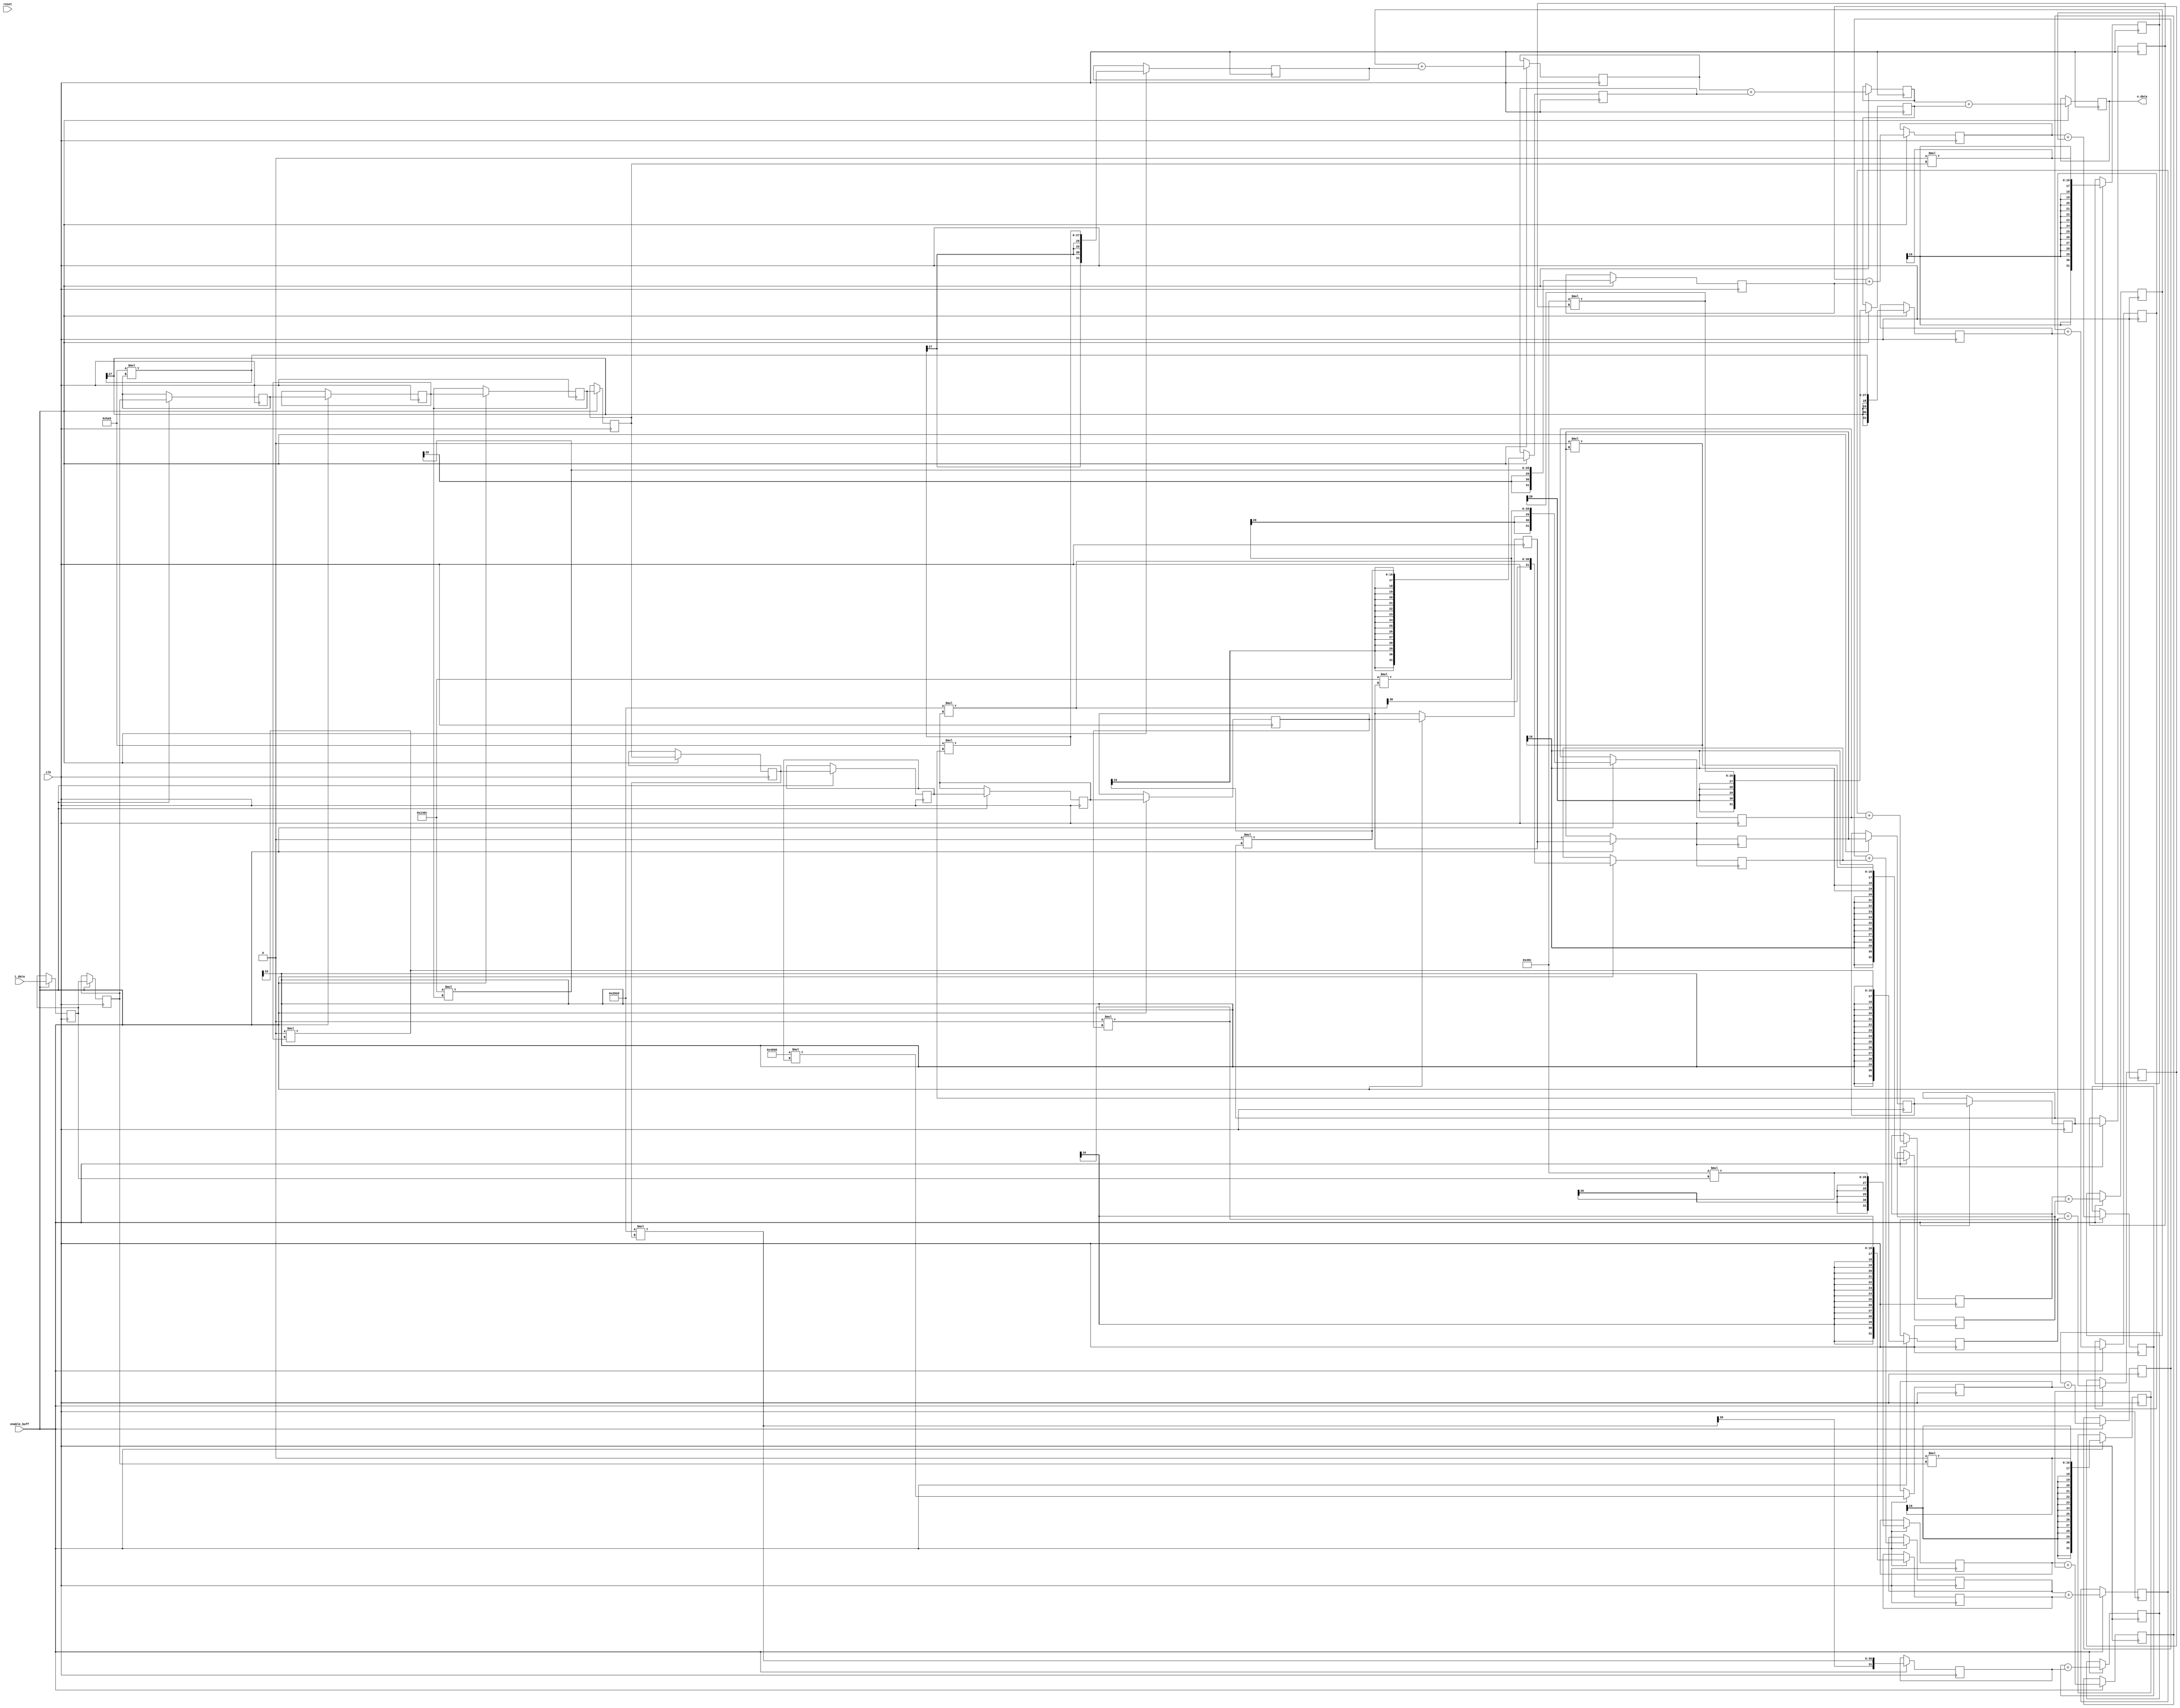
module fir(
    input clk,
    input reset,
    input enable_buff,
    input [15:0] i_data,
    output [31:0] o_data
    );
    
    wire signed [15:0] i_data;
    
    reg signed [31:0] o_data;
    
    reg enable_fir;
    
    reg [3:0] buff_count;
    
    wire signed [15:0]  tap0, tap1, tap2, tap3,tap4, tap5, tap6, tap7, tap8, tap9, tap10, tap11, tap12, tap13, tap14;
    
    reg  signed [15:0]  buff0, buff1, buff2, buff3, buff4, buff5, buff6, buff7, buff8, buff9, buff10, buff11, buff12, buff13, buff14;
    
    reg  signed [31:0]  acc0, acc1, acc2, acc3, acc4, acc5, acc6, acc7, acc8, acc9, acc10, acc11, acc12, acc13, acc14;
    
	reg signed [31:0] acc01, acc012, acc23, acc34, acc45, acc56, acc67, acc78, acc89, acc910, acc1011, acc1112, acc1213;
	
    //Cut-off frequency @ 400 kHZ and sampling frequency 1 MSPS
    
    assign tap0 = 16'h0xFC9C;
    assign tap1 = 16'h0x0000;
    assign tap2 = 16'h0x05A5;
    assign tap3 = 16'h0x0000;
    assign tap4 = 16'h0xF40C;
    assign tap5 = 16'h0x0000;
    assign tap6 = 16'h0x282D;
    assign tap7 = 16'h0x4000;
    assign tap8 = 16'h0x282D;
    assign tap9 = 16'h0x0000;
    assign tap10 = 16'h0xF40C;
    assign tap11 = 16'h0x0000;
    assign tap12 = 16'h0x05A5;
    assign tap13 = 16'h0x0000;
    assign tap14 = 16'h0xFC9C;
     
    
    always@(posedge clk or negedge reset)
    begin
        if(reset == 1'b0)
        begin
            buff_count <= 4'd0;
            enable_fir <= 1'b0;
        end
        else 
        begin
            if(enable_buff == 1'b1 && buff_count == 4'd15)
            begin
                buff_count <= 4'd0;
                enable_fir <= 1'b1;
            end
            else if(enable_buff == 1'b1)
            begin
                buff_count <= buff_count + 4'd1;
                enable_fir <= enable_fir;
            end
        end
    end
    
    always@(posedge clk) 
    begin
        if(enable_buff == 1'b1)
        begin
            buff0 <= i_data;
			acc0 <= tap0 * buff0;
			
			buff1 <= buff0; 
			acc1 <= tap1 * buff1;  
			acc01 <= acc0 + acc1;
				 
			buff2 <= buff1; 
			acc2 <= tap2 * buff2;
			acc012 <= acc01 + acc2;
					
			buff3 <= buff2; 
			acc3 <= tap3 * buff3;
			acc23 <= acc012 + acc3;
				 
			buff4 <= buff3; 
			acc4 <= tap4 * buff4;
			acc34 <= acc23 + acc4;
				 
			buff5 <= buff4;
			acc5 <= tap5 * buff5; 
			acc45 <= acc34 + acc5;
				  
			buff6 <= buff5; 
			acc6 <= tap6 * buff6;
			acc56 <= acc45 + acc6;
			   
			buff7 <= buff6; 
			acc7 <= tap7 * buff7;
			acc67 <= acc56 + acc7;
				  
			buff8 <= buff7;
			acc8 <= tap8 * buff8;
			acc78 <= acc67 + acc8;
				   
			buff9 <= buff8; 
			acc9 <= tap9 * buff9;
			acc89 <= acc78 + acc9;
				  
			buff10 <= buff9; 
			acc10 <= tap10 * buff10;
			acc910 <= acc89 + acc10;
				   
			buff11 <= buff10; 
			acc11 <= tap11 * buff11;
			acc1011 <= acc910 + acc11;
				  
			buff12 <= buff11; 
			acc12 <= tap12 * buff12;
			acc1112 <= acc1011 + acc12;
				  
			buff13 <= buff12; 
			acc13 <= tap13 * buff13;
			acc1213 <= acc1112 + acc13;
				  
			buff14 <= buff13; 
			acc14 <= tap14 * buff14;
			o_data <= acc1213 + acc14;
        end
    end
    
endmodule